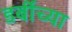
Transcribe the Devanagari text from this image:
डर्बीच्या